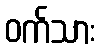
ဝက်သား